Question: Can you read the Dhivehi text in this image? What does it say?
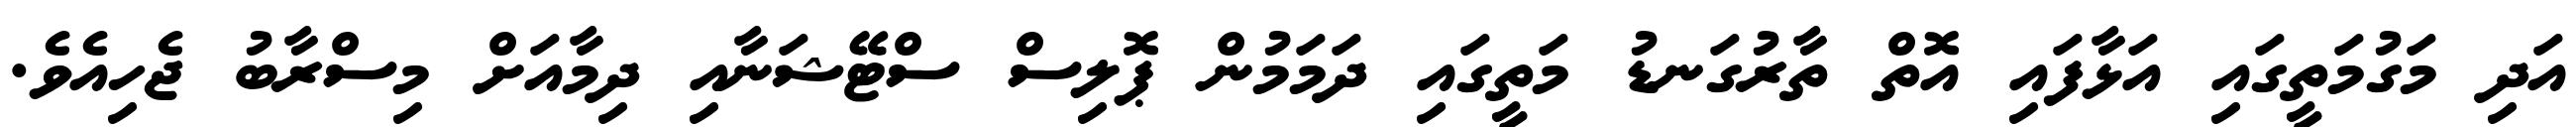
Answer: އަދި މަގުމަތީގައި އަޅާފައި އޮތް ތާރުގަނޑު މަތީގައި ދަމަމުން ޕޮލިސް ސްޓޭޝަނާއި ދިމާއަށް މިސްރާބު ޖެހިއެވެ.